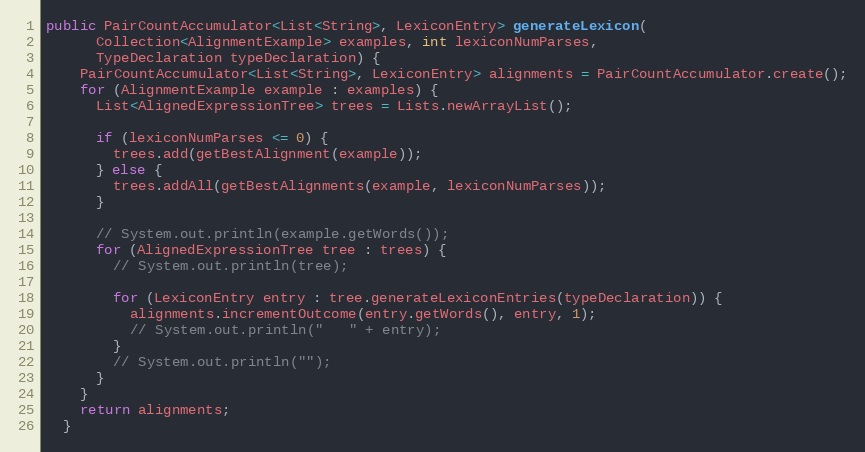
Language: Java
public PairCountAccumulator<List<String>, LexiconEntry> generateLexicon(
      Collection<AlignmentExample> examples, int lexiconNumParses,
      TypeDeclaration typeDeclaration) {
    PairCountAccumulator<List<String>, LexiconEntry> alignments = PairCountAccumulator.create();
    for (AlignmentExample example : examples) {
      List<AlignedExpressionTree> trees = Lists.newArrayList();

      if (lexiconNumParses <= 0) {
        trees.add(getBestAlignment(example));
      } else {
        trees.addAll(getBestAlignments(example, lexiconNumParses));
      }

      // System.out.println(example.getWords());
      for (AlignedExpressionTree tree : trees) {
        // System.out.println(tree);

        for (LexiconEntry entry : tree.generateLexiconEntries(typeDeclaration)) {
          alignments.incrementOutcome(entry.getWords(), entry, 1);
          // System.out.println("   " + entry);
        }
        // System.out.println("");
      }
    }
    return alignments;
  }